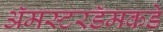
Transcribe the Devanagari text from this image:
ॲमस्टरडॅमकडे